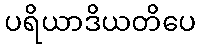
ပရိယာဒိယတိပေ